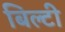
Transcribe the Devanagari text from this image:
बिल्टी